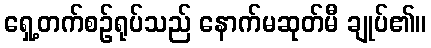
ရှေ့တက်စဉ်ရုပ်သည် နောက်မဆုတ်မီ ချုပ်၏။